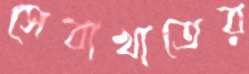
সেবাখাতের